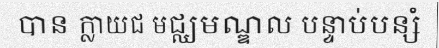
បាន ក្លាយជ មជ្ឈមណ្ឌល បន្ទាប់បន្សំ